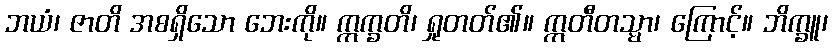
ဘယံ၊ ဇာတိ အစရှိသော ဘေးကို။ ဣက္ခတိ၊ ရှုတတ်၏။ ဣတီတသ္မာ၊ ကြောင့်။ ဘိက္ခူ၊